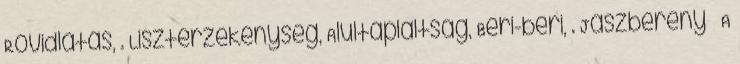
Rövidlátás, . Lisztérzékenység, Alultápláltság, Beri-beri, . Jászberény – A